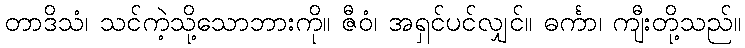
တာဒိသံ၊ သင်ကဲ့သို့သောဘားကို။ ဇီဝံ၊ အရှင်ပင်လျှင်။ ဓင်္ကာ၊ ကျီးတို့သည်။